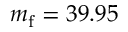
m _ { \mathrm { f } } = 3 9 . 9 5